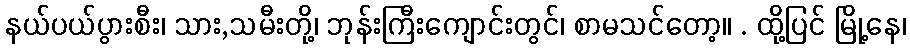
နယ်ပယ်ပွားစီး၊ သား,သမီးတို့၊ ဘုန်းကြီးကျောင်းတွင်၊ စာမသင်တော့။ . ထို့ပြင် မြို့နေ၊